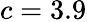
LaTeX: c=3.9